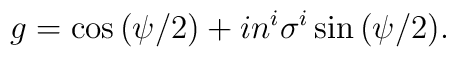
g = \cos{(\psi/2)} + i n^i \sigma^i \sin{(\psi/2}).